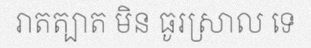
រាតត្បាត មិន ធូរស្រាល ទេ